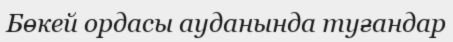
Бөкей ордасы ауданында туғандар